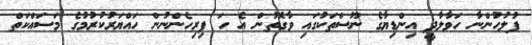
ފުލުހުންނާ ހަވާލާދީ އިންޑިޔާގެ ނޫސްތަކުގައި ވާގޮތުން އެ ހަ ފިރިހެންނުން ހައްޔަރުކުރުމުގެ މަސައްކަތް